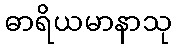
ဓာရိယမာနာသု